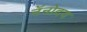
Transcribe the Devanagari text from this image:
नॅनोदय